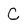
Character: C